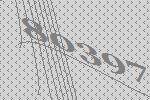
80397